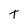
Character: t